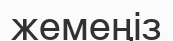
жемеңіз